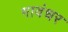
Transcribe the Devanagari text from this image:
गावंधर